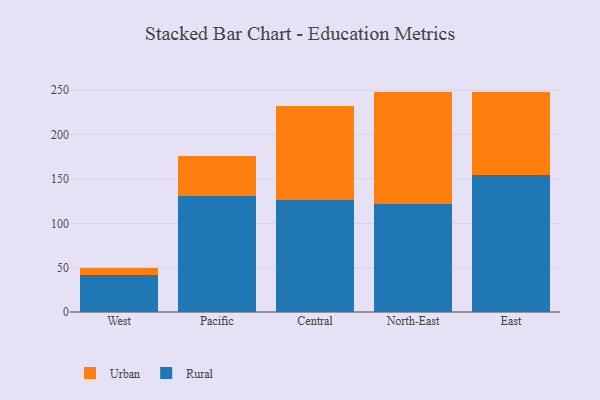
{"axis": {"x": "Region", "y": "Revenue (USD Million)"}, "legend": ["Rural", "Urban"], "data": [{"x": "West", "y": 42.1, "type": "Rural"}, {"x": "West", "y": 7.4, "type": "Urban"}, {"x": "Pacific", "y": 130.8, "type": "Rural"}, {"x": "Pacific", "y": 45.5, "type": "Urban"}, {"x": "Central", "y": 125.9, "type": "Rural"}, {"x": "Central", "y": 106.6, "type": "Urban"}, {"x": "North-East", "y": 121.3, "type": "Rural"}, {"x": "North-East", "y": 127.2, "type": "Urban"}, {"x": "East", "y": 154.0, "type": "Rural"}, {"x": "East", "y": 93.6, "type": "Urban"}]}